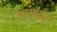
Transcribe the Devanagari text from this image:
आराध्यैनं